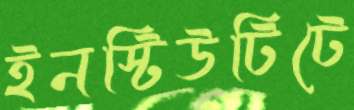
ইনস্টিউটিটে